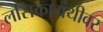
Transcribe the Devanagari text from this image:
लसिकाग्रंथीवर